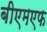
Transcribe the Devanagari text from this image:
बीएमएफ